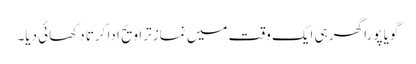
گویا پورا گھر ہی ایک وقت میں نماز تراویح ادا کرتا دکھائی دیا۔